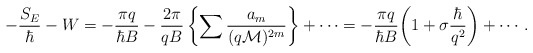
\begin{align*}-\frac{S_{E}}{\hbar}-W= -\frac{\pi q}{\hbar B}-\frac{2\pi}{qB}\, \biggl\{ \sum\frac{a_m}{(q{\cal M})^{2m}}\biggr\}+\cdots =-\frac{\pi q}{\hbar B}\biggl(1+\sigma \frac{\hbar}{ q^2} \biggr)+\cdots. \end{align*}